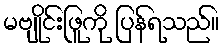
မဗျိုင်းဖြူကို ပြန်ရသည်။